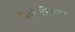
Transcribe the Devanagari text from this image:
बैसेलिकल